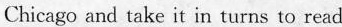
Chicago and take it in turns to read